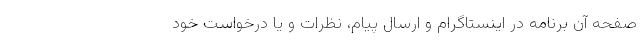
صفحه آن برنامه در اینستاگرام و ارسال پیام، نظرات و یا درخواست خود